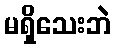
မရှိသေးဘဲ